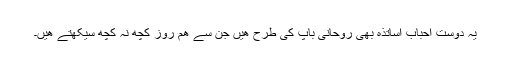
یہ دوست احباب اساتذہ بھی روحانی باپ کی طرح ھیں جن سے ھم روز کچھ نہ کچھ سیکھتے ھیں۔